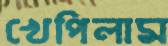
খেপিলাম